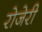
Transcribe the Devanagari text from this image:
रोजेरी